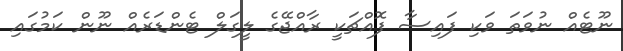
ނޫޓެއް ނުވަތަ ވަކި ފައިސާ ފޮއްޗަކީ ރާއްޖޭގެ ލީގަލް ޓެންޑަރެއް ނޫން ކަމުގައި